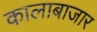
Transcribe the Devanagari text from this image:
कालाबाजार